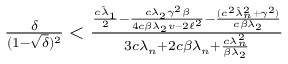
\begin{array} { r } { \frac { \delta } { ( 1 - \sqrt { \delta } ) ^ { 2 } } < \frac { \frac { c \hat { \lambda } _ { 1 } } { 2 } - \frac { c \lambda _ { 2 } \gamma ^ { 2 } \beta } { 4 c \beta \lambda _ { 2 } v - 2 \ell ^ { 2 } } - \frac { ( c ^ { 2 } \hat { \lambda } _ { n } ^ { 2 } + \gamma ^ { 2 } ) } { c \beta \lambda _ { 2 } } } { 3 c \lambda _ { n } + 2 c \beta \lambda _ { n } + \frac { c \lambda _ { n } ^ { 2 } } { \beta \lambda _ { 2 } } } } \end{array}